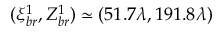
( \xi _ { b r } ^ { 1 } , Z _ { b r } ^ { 1 } ) \simeq ( 5 1 . 7 \lambda , 1 9 1 . 8 \lambda )